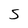
Character: 5